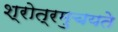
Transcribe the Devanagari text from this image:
श्रोत्रमुचयते